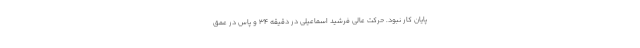
پایان کار نبود. حرکت عالی فرشید اسماعیلی در دقیقه ۳۴ و پاس در عمق